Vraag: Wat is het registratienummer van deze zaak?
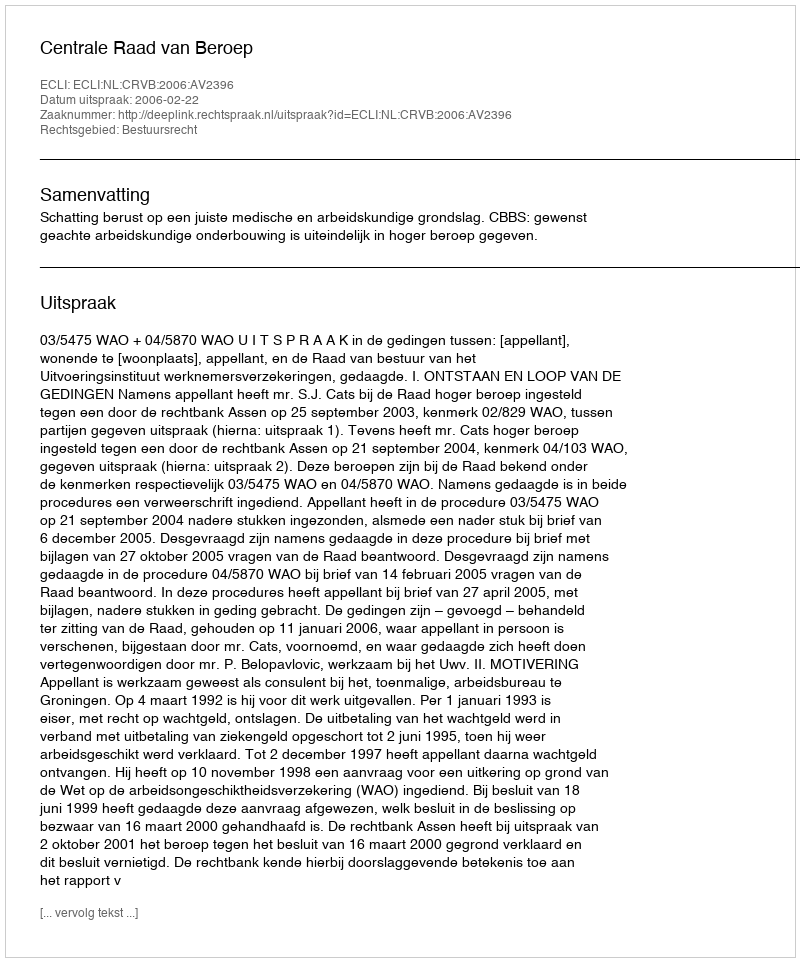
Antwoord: http://deeplink.rechtspraak.nl/uitspraak?id=ECLI:NL:CRVB:2006:AV2396